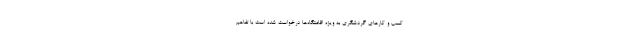
کسب و کارهای گردشگری به ویژه اقامتگاه‌ها درخواست شده است با تفاهم